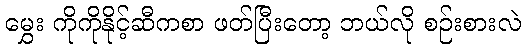
မွှေး ကိုကိုနိုင့်ဆီကစာ ဖတ်ပြီးတော့ ဘယ်လို စဉ်းစားလဲ